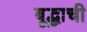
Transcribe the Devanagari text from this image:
बूद्धाची